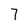
Character: 7